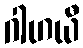
ဂါဟယီ